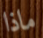
ماذا